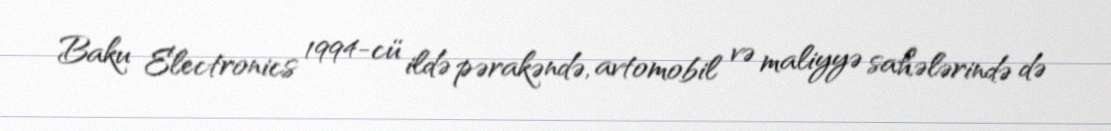
Baku Electronics 1994-cü ildə pərakəndə, avtomobil və maliyyə sahələrində də